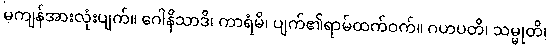
မကျန်အားလုံးပျက်။ ဂေါနိသာဒိ၊ ကာရံမိ၊ ပျက်၏ရာမ်ထက်ဝက်။ ဂဟပတိ၊ သမ္မုတိ၊